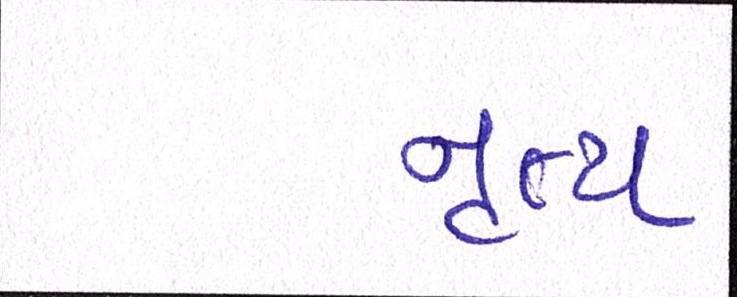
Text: નૃત્ય